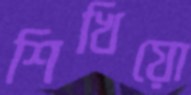
শিখিয়ো